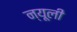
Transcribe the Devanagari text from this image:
न्यूली